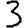
Digit: 3